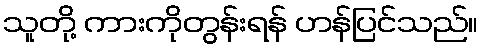
သူတို့ ကားကိုတွန်းရန် ဟန်ပြင်သည်။